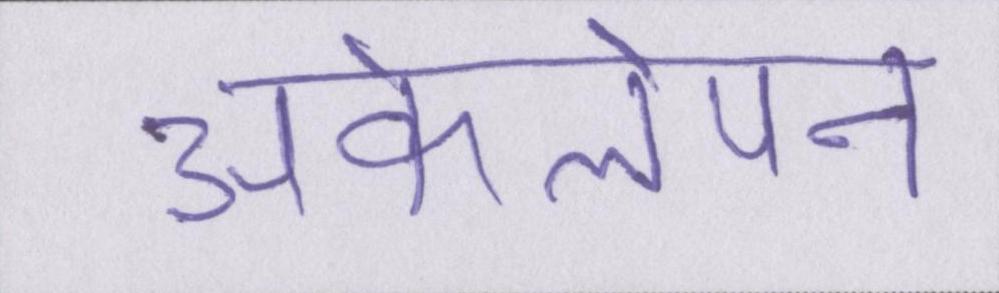
अकेलेपन